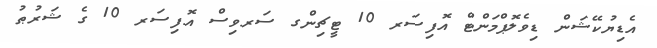
އެޑިޔުކޭޝަން ޑިވެލޮޕްމަންޓް އޮފިސަރ 10 ޓީޗިންގ ސަރވިސް އޮފިސަރ 10 ގެ ޝަރުޠު